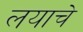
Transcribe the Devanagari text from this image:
लयाचे